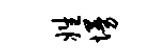
姓墁